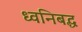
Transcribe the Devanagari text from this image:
ध्वनिबद्ध